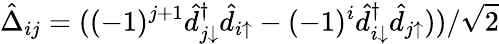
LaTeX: \hat{\Delta}_{ij}=((-1)^{j+1}\hat{d}_{j\downarrow}^{\dagger}\hat{d}_{i\uparrow}-(-1)^{i}\hat{d}_{i\downarrow}^{\dagger}\hat{d}_{j\uparrow}))/\sqrt{2}